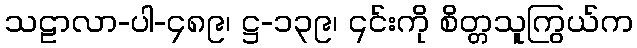
သဠာလာ-ပါ-၄၈၉၊ ဋ္ဌ-၁၃၉၊ ၎င်းကို စိတ္တသူကြွယ်က